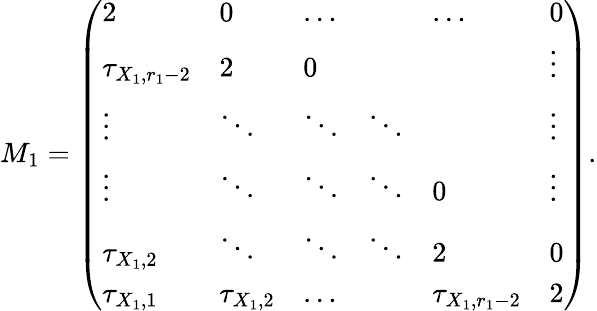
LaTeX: M_{1}=\left(\begin{array}{llllll}{2}&{0}&{\dots}&&{\dots}&{0}\\ {\tau_{X_{1},r_{1}-2}}&{2}&{0}&&&{\vdots}\\ {\vdots}&{\ddots}&{\ddots}&{\ddots}&&{\vdots}\\ {\vdots}&{\ddots}&{\ddots}&{\ddots}&{0}&{\vdots}\\ {\tau_{X_{1},2}}&{\ddots}&{\ddots}&{\ddots}&{2}&{0}\\ {\tau_{X_{1},1}}&{\tau_{X_{1},2}}&{\dots}&&{\tau_{X_{1},r_{1}-2}}&{2}\end{array}\right).